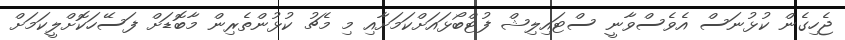
ޖެހިގެން ކުޅުނަސް އެވެސްވާނީ ސްޓައިލިޝް ފުޓްބޯޅައަށްކަމަށާއި މި މެޗު ކުޅުންތެރިން މާބޮޑަށް ފަސޭހަކޮށްލީކަމަށް